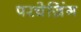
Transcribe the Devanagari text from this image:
परचेज़िंग